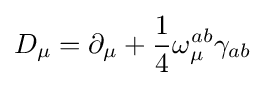
D_{\mu }=\partial _{\mu }+{\frac {1}{4}}\omega _{\mu }^{ab}\gamma _{ab}